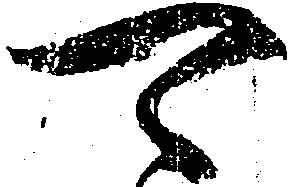
可